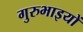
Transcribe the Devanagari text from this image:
गुरुभाइयों